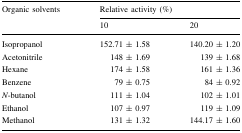
| <ROWSPAN=2> Organic solvents | <COLSPAN=2> Relative activity (%) |
 | 10 | 20 |
 | --- | --- | --- |
 | Isopropanol | 152.71 ± 1.58 | 140.20 ± 1.20 |
 | Acetonitrile | 148 ± 1.69 | 139 ± 1.68 |
 | Hexane | 174 ± 1.58 | 161 ± 1.36 |
 | Benzene | 79 ± 0.75 | 84 ± 0.92 |
 | N-butanol | 111 ± 1.04 | 102 ± 1.01 |
 | Ethanol | 107 ± 0.97 | 119 ± 1.09 |
 | Methanol | 131 ± 1.32 | 144.17 ± 1.60 |